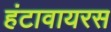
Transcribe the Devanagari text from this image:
हंटावायरस